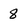
Character: 8